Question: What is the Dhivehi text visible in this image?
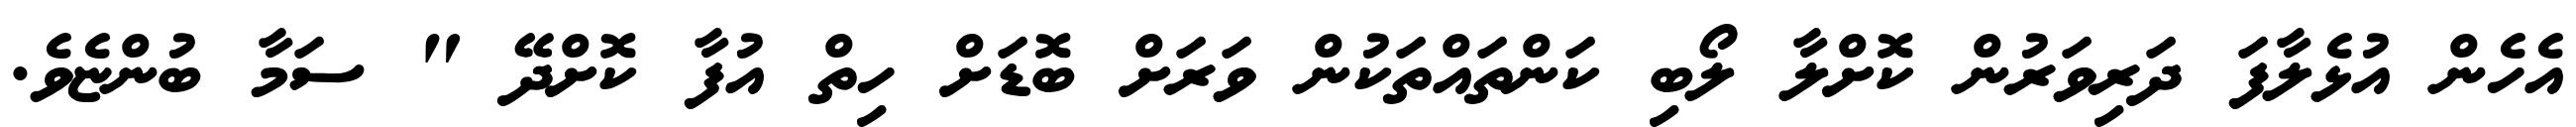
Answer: އެހެން އުޅެލާފަ ދަރިވަރުން ކޮށްލާ ލޯބި ކަންތައްތަކުން ވަރަށް ބޮޑަށް ހިތް އުފާ ކޮށްދޭ " ސަމާ ބުންޏެވެ.